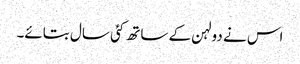
اس نے دولہن کے ساتھ کئی سال بتائے۔